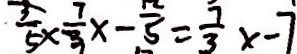
\frac { 3 } { 5 } \times \frac { 7 } { 3 } x - \frac { 1 2 } { 5 } = \frac { 7 } { 3 } x - 7